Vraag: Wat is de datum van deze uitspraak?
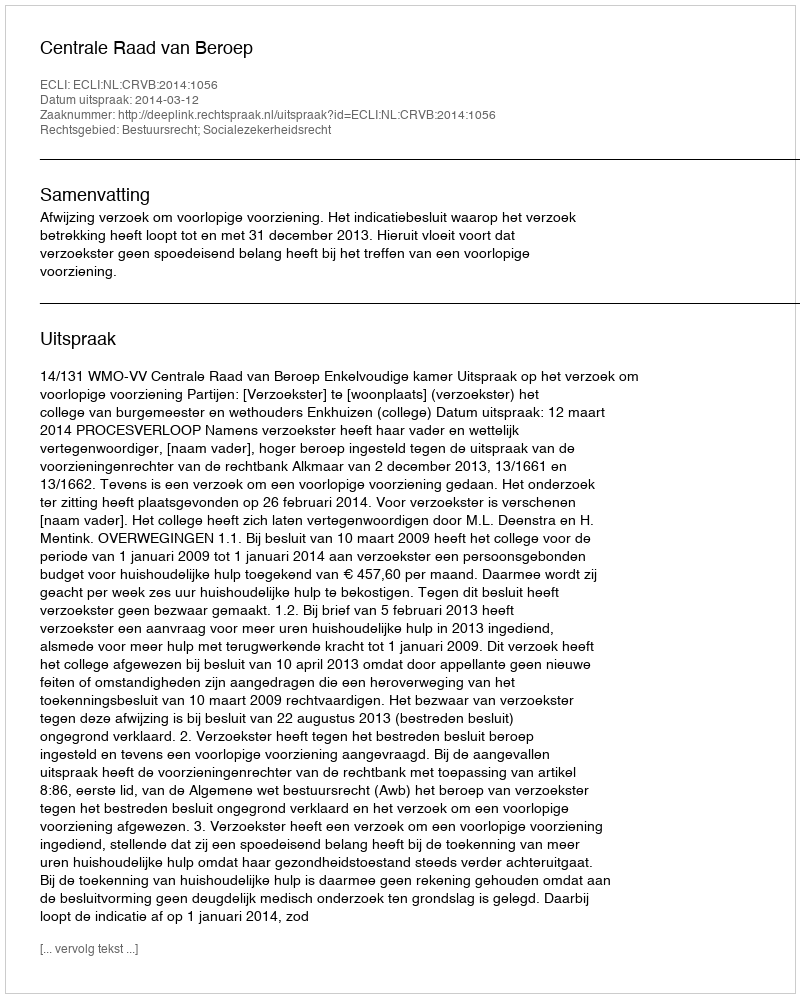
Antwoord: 2014-03-12